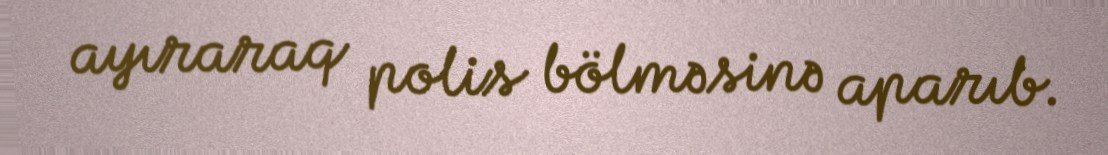
ayıraraq polis bölməsinə aparıb.